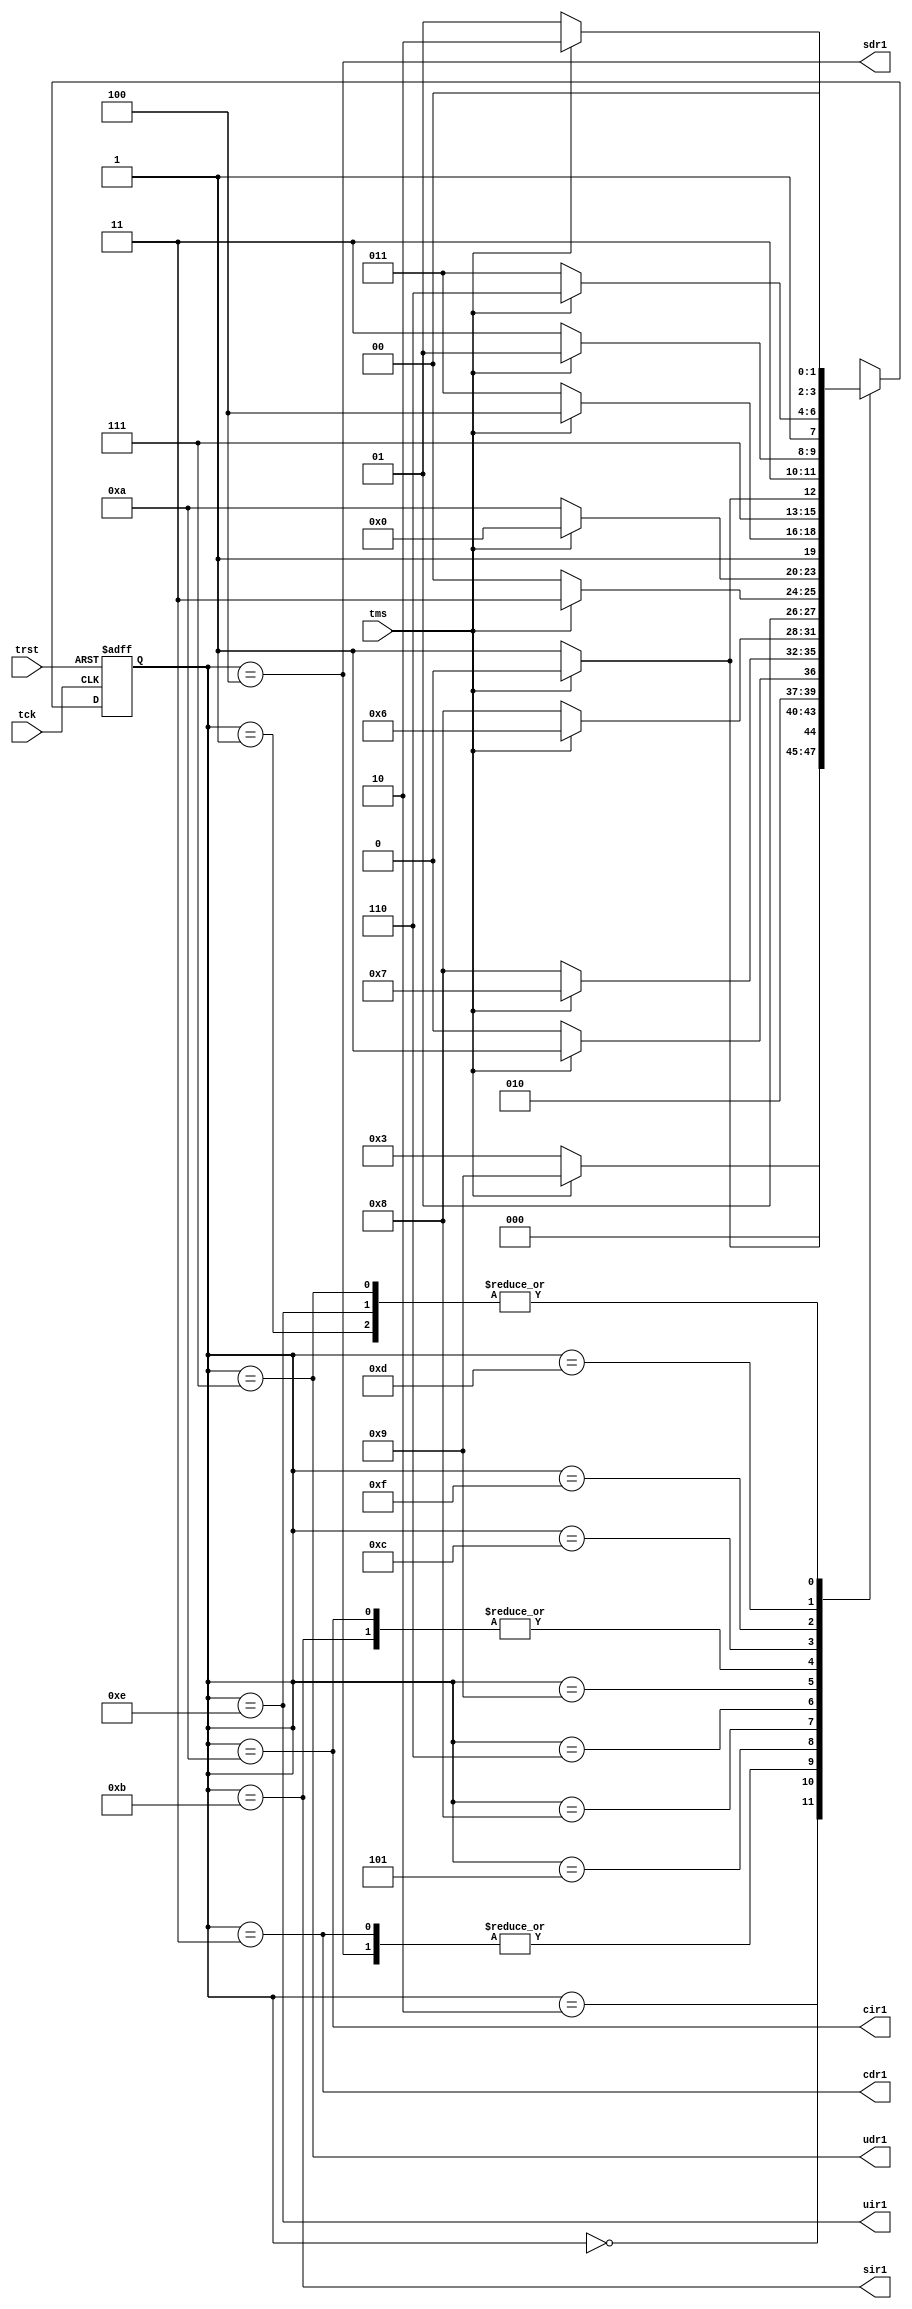
module tap_controller(input tck,tms,trst, output   cdr1, sdr1, udr1, cir1,sir1,uir1
    );

/*where -
c= capture
u= update
s= shift
dr= data register
ir= instruction register
tck = input clock
tms = state mode signal
trst= reset signal

*/
localparam TEST_LOGIC_RESET = 4'h0; 
localparam RUN_TEST_IDLE = 4'h1;
localparam SELECT_DR=4'h2;
 localparam CAPTURE_DR=4'h3;
 localparam SHIFT_DR=4'h4;
localparam  EXIT1_DR=4'h5; 
 localparam EXIT2_DR=4'h6;
localparam  UPDATE_DR=4'h7;
localparam PAUSE_DR=4'h8;
localparam  SELECT_IR=4'h9;
localparam  CAPTURE_IR=4'hA;
localparam  SHIFT_IR=4'hB; 
 localparam EXIT1_IR=4'hC;
localparam  EXIT2_IR=4'hD;
 localparam UPDATE_IR=4'hE; 
localparam  PAUSE_IR=4'hf;

reg [3:0] state ; // next_state;
//reg cdr1, sdr1, udr1, cir1,sir1,uir1;

assign  cdr1=(state == CAPTURE_DR);
assign  sdr1=(state == SHIFT_DR); 
assign  udr1=(state == UPDATE_DR); 
assign  cir1=(state == CAPTURE_IR);
assign  sir1=(state == SHIFT_IR);
assign uir1=(state== UPDATE_IR);

always@(posedge tck or negedge trst)begin
if(~trst)begin 
state <= TEST_LOGIC_RESET;
end
else begin
/*
state <= next_state;
end
end

always@(*)begin */
case(state)
 TEST_LOGIC_RESET : 
 if(tms)
state <= TEST_LOGIC_RESET;
else 
state <= RUN_TEST_IDLE;
 
 RUN_TEST_IDLE :
if(tms)
state <= SELECT_DR;
else 
state <= RUN_TEST_IDLE;

SELECT_DR :
if(tms)
state <= SELECT_IR;
else 
state <= CAPTURE_DR;
 
 CAPTURE_DR  :
 if(tms)begin
state <= EXIT1_DR;
end
else 
state <= SHIFT_DR;
 
 
 SHIFT_DR   :
 if(tms) begin
state <= EXIT1_DR;
end
else 
state <= SHIFT_DR;
 
 
 EXIT1_DR  :
if(tms)
state <= UPDATE_DR;
else 
state <= PAUSE_DR;
 

 PAUSE_DR :
if(tms)
state <= EXIT2_DR;
else
state <= PAUSE_DR;
 
 
 EXIT2_DR  : 
 if(tms)
state <= UPDATE_DR;
else 
state <= SHIFT_DR;

 
 UPDATE_DR: 
if(tms)begin
state <= SELECT_DR;

end
else 
state <= RUN_TEST_IDLE;
 
 //Instruction 
 
 SELECT_IR  :
 if(tms)
state <= TEST_LOGIC_RESET;
else 
state <= CAPTURE_IR;

 
 CAPTURE_IR  :
 if(tms) begin
state <= EXIT1_IR;

end
else 
state <= SHIFT_IR;
 
 SHIFT_IR :
if(tms) begin
state <= EXIT1_IR;

end
else 
state <= SHIFT_IR;
 
 EXIT1_IR  :
 if(tms)
state <= UPDATE_IR;
else 
state <= PAUSE_IR;
 
 
 PAUSE_IR  :
 if(tms)
state <= EXIT2_IR;
else 
state <= PAUSE_IR;
 
 
 EXIT2_IR  :
 if(tms)
 state <= UPDATE_IR;
 else 
 state <= SHIFT_IR;
 
 
 UPDATE_IR :
if(tms) begin
state <= SELECT_DR;
end
else 
state <= RUN_TEST_IDLE;

 //default : next_state = TEST_LOGIC_RESET;
endcase

end

end



endmodule